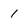
Character: 1